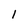
Character: 1